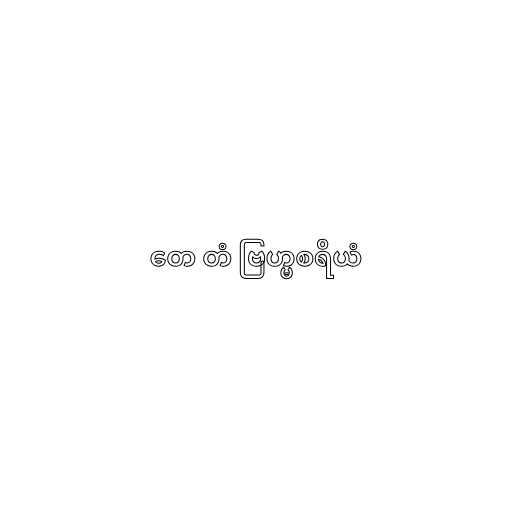
တေ တံ ဗြဟ္မစရိယံ